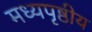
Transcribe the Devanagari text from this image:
मध्यपृष्ठीय